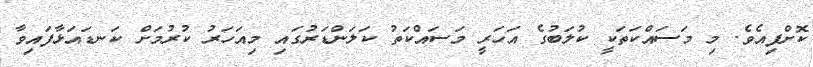
ކޮށްފިއެވެ. މި މަސައްކަތަކީ ކުލަބުގެ އަހަރީ މަސައްކަތު ކަލަންޑަރުގައި މިއަހަރު ކުރުމަށް ކަނޑައަޅާފައިވާ